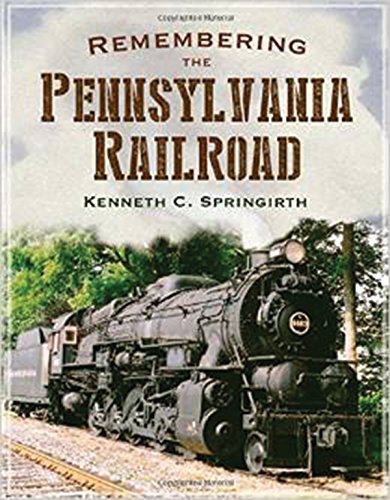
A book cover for Remembering the Pennsylvania Railroad; Kenneth C. Springirth; Arts & Photography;